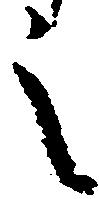
之